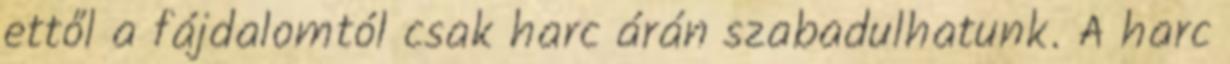
ettől a fájdalomtól csak harc árán szabadulhatunk. A harc